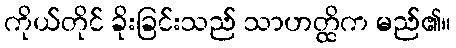
ကိုယ်တိုင် ခိုးခြင်းသည် သာဟတ္ထိက မည်၏။